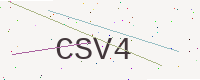
Text: CSV4